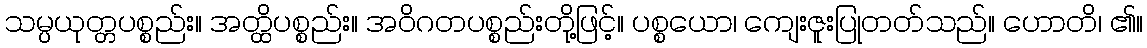
သမ္ပယုတ္တပစ္စည်း။ အတ္ထိပစ္စည်း။ အဝိဂတပစ္စည်းတို့ဖြင့်။ ပစ္စယော၊ ကျေးဇူးပြုတတ်သည်။ ဟောတိ၊ ၏။